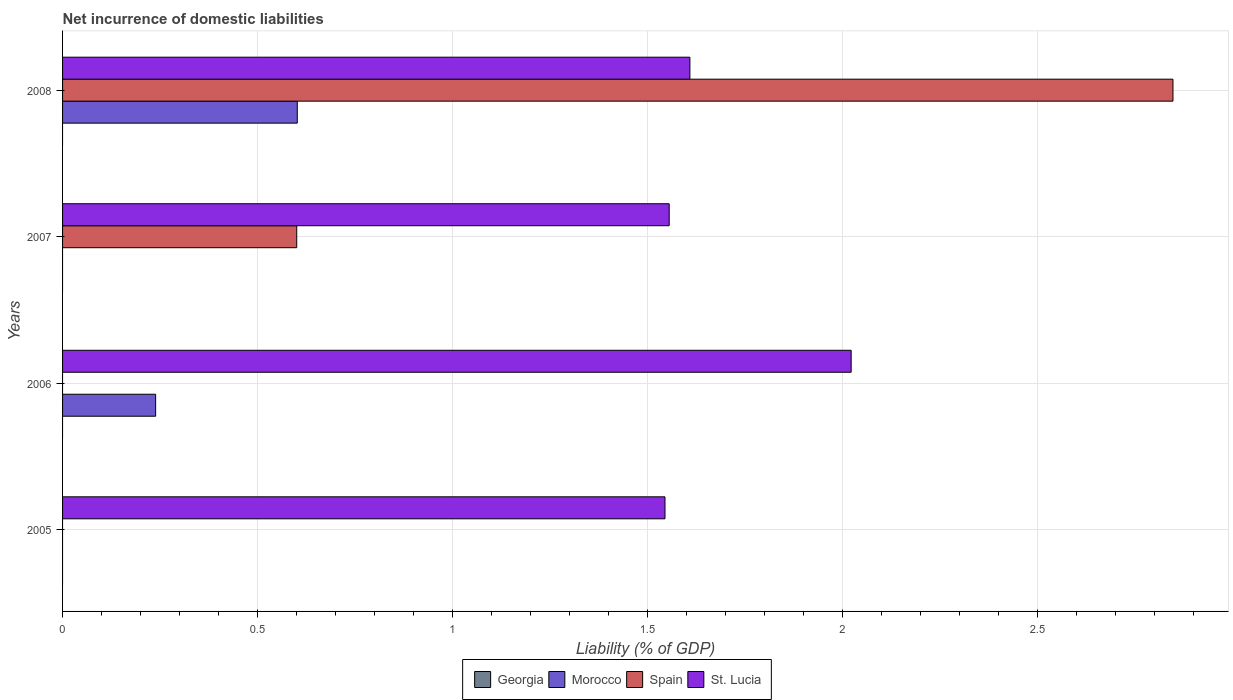
| Years | Georgia | Morocco | Spain | St. Lucia |
 | --- | --- | --- | --- | --- |
 | 2005 | -0.275 | -0.222 | -0.0834 | 1.55 |
 | 2006 | -0.188 | 0.239 | -0.918 | 2.02 |
 | 2007 | -0.118 | -2.72 | 0.601 | 1.56 |
 | 2008 | -0.275 | 0.602 | 2.85 | 1.61 |